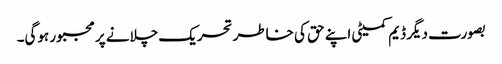
بصورت دیگر ڈیم کمیٹی اپنے حق کی خاطر تحریک چلانے پر مجبور ہوگی۔